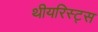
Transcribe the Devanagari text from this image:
थीयरिस्ट्स